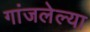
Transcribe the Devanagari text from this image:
गांजलेल्या